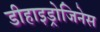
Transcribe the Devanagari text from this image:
डीहाइड्रोजिनेस